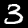
Label: 3